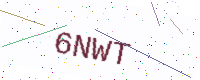
Text: 6NWT